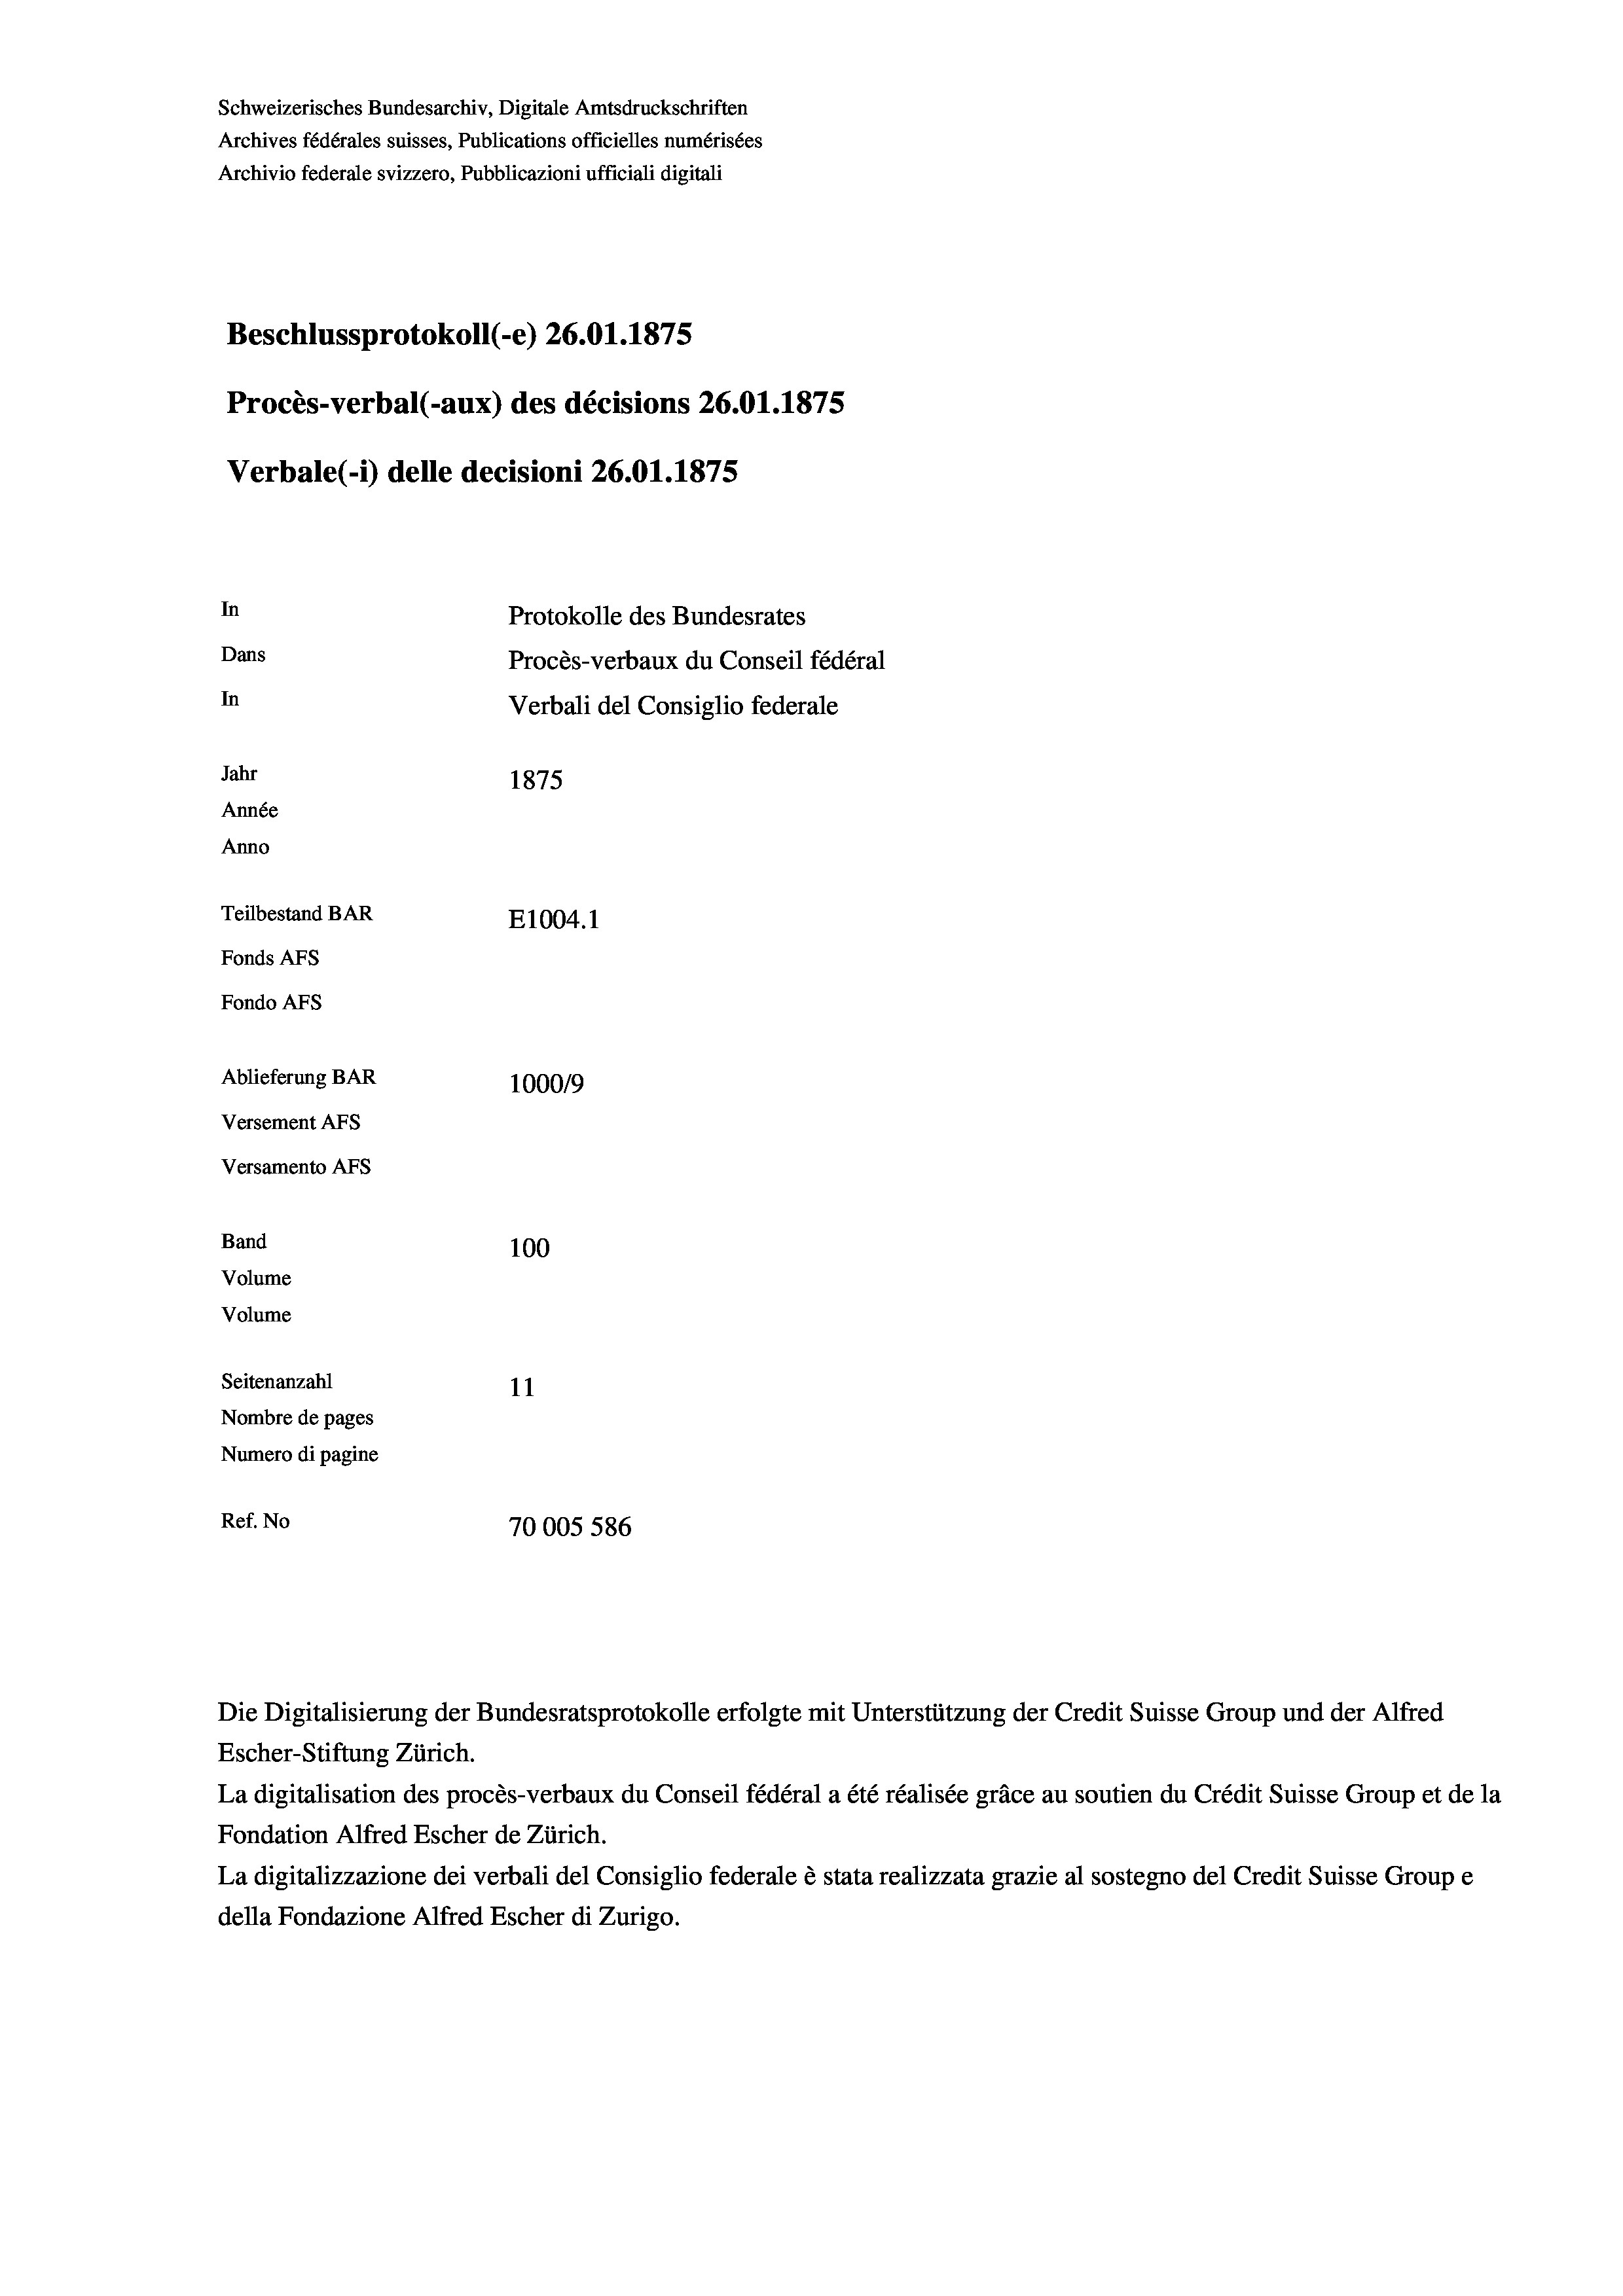
Schweizerisches Bundesarchiv, Digitale Amtsdruckschriften
Archives fédérales suisses, Publications officielles numérisées
Archivio federale svizzero, Pubblicazioni ufficiali digitali
Beschlussprotokoll (-e) 26.01.1875
Procès-verbal (-aux) des décisions 26.01.1875
Verbale (1) delle decisioni 26.01. 1875
In
Protokolle des Bundesrates
Dans
Procès-verbaux du Conseil fédéral
In
Verbali del Consiglio federale
Jahr
1875
Année
Anno
Teilbestand BAR
E1004. 1
Fonds AFs
Fondo AFs
Ablieferung BAR
1000/9
Versement Abs
Versamento Afs
Band
100
Volume
Volume

Seitenanzahl
11
Nombre de pages
Numero di pagine
Ref. No
70005 586

Die Digitalisierung der Bundesratsprotokolle erfolgte mit Unterstützung der Credit Suisse Group und der Alfred
Escher-Stiftung Zürich.
La digitalisation des procès-verbaux du Conseil fédéral a été réalisée gräce au soutien du Crédit Suisse Group et de la
Fondation Alfred Escher de Zürich.
La digitalizzazione dei verbali del Consiglio federale è stata realizzata grazie al sostegno del Credit Suisse Groupe
della Fondazione Alfred Escher di Zurigo.